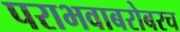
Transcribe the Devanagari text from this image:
पराभवाबरोबरच